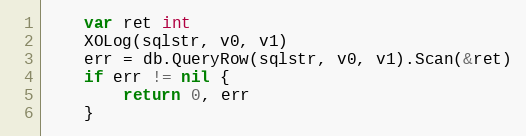
Language: Go
	var ret int
	XOLog(sqlstr, v0, v1)
	err = db.QueryRow(sqlstr, v0, v1).Scan(&ret)
	if err != nil {
		return 0, err
	}